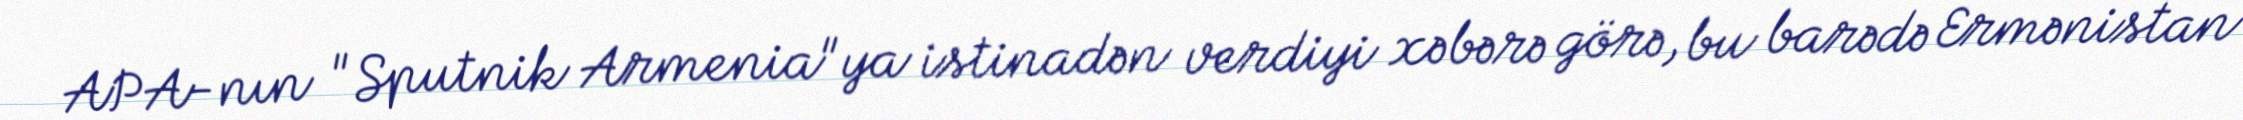
APA-nın "Sputnik Armenia"ya istinadən verdiyi xəbərə görə, bu barədə Ermənistan